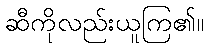
ဆီကိုလည်းယူကြ၏။